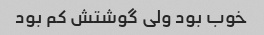
خوب بود ولی گوشتش کم بود